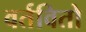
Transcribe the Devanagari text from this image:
वर्तवितो